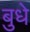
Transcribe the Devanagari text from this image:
बुधे